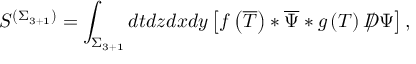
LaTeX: S ^ { \left( \Sigma _ { 3 + 1 } \right) } = \int _ { \Sigma _ { 3 + 1 } } d t d z d x d y \left[ f \left( \overline { { { T } } } \right) * \overline { { { \Psi } } } * g \left( T \right) D \! \! \! \! / \, \Psi \right] ,